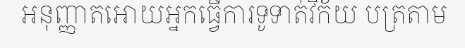
អនុញ្ញាតអោយអ្នកធ្វើការទូទាត់វិក័យ បត្រតាម